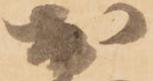
於